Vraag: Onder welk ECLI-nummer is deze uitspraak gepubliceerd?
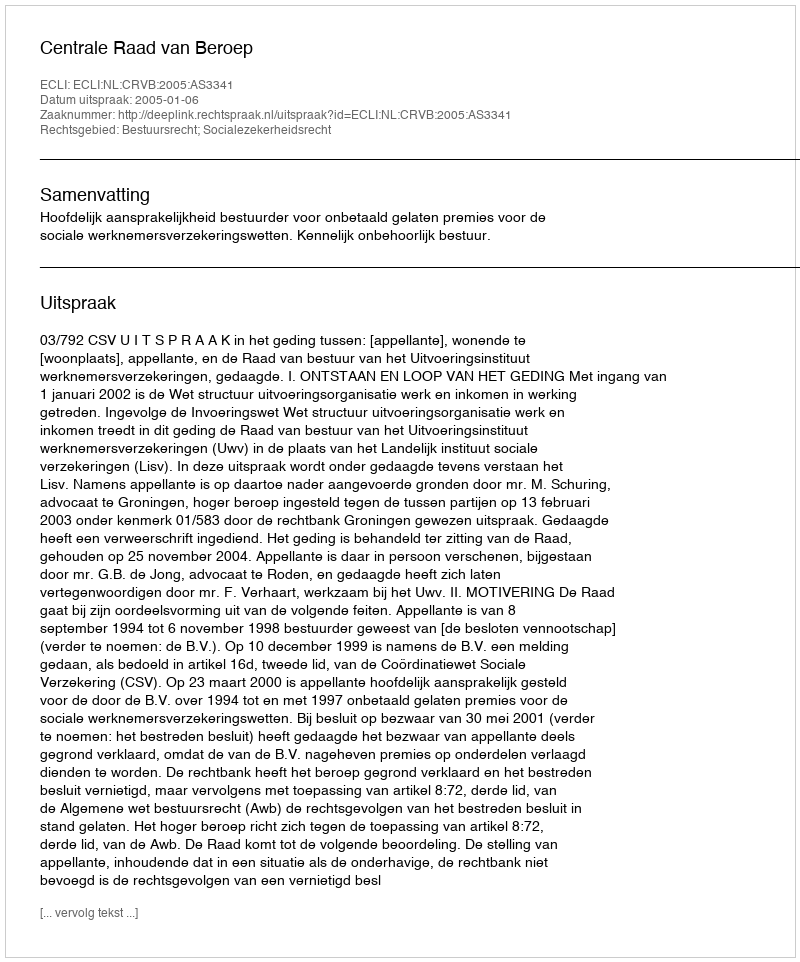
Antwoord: ECLI:NL:CRVB:2005:AS3341